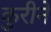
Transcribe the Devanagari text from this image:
कुरीने